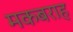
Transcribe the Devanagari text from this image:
मकबराह